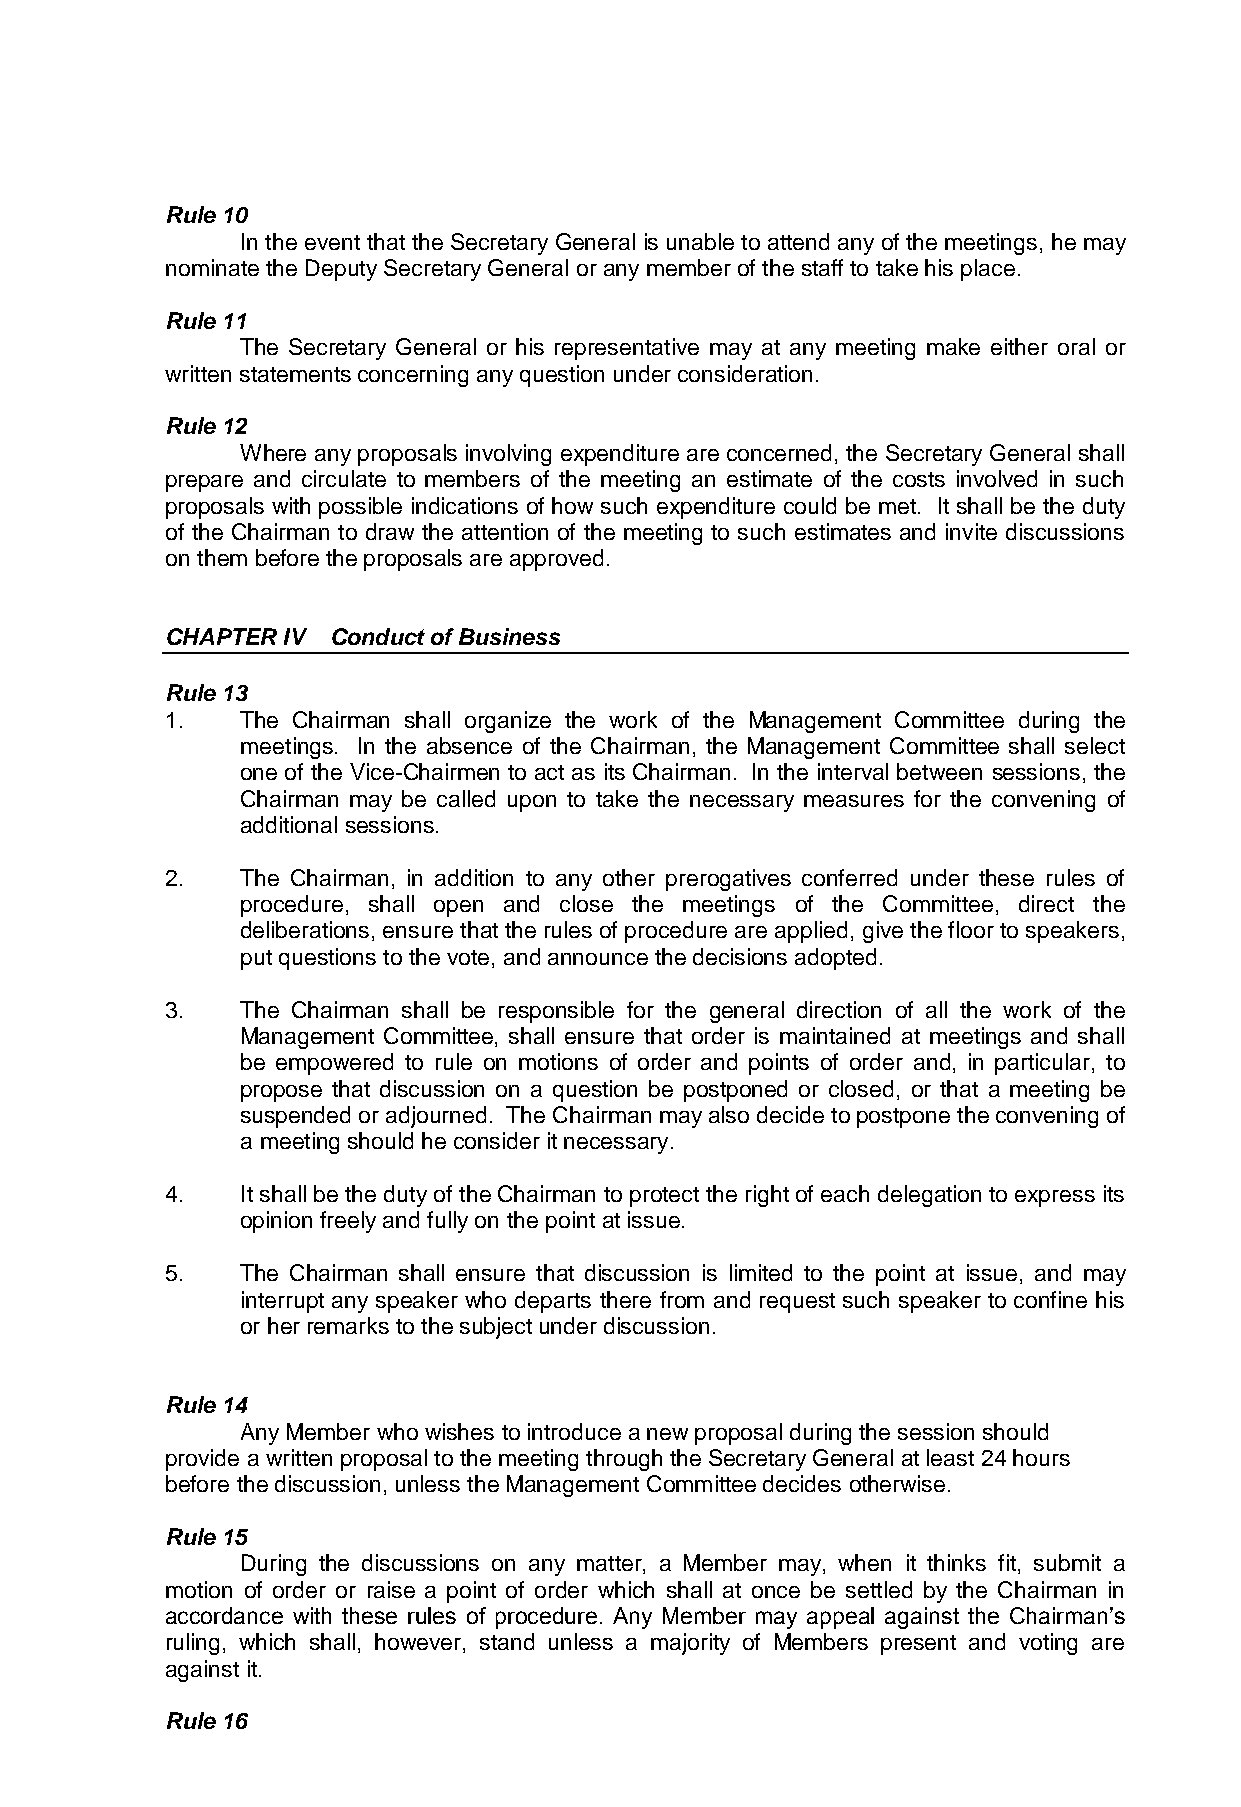
Rule 10
 In the event that the Secretary General is unable to attend any of the meetings, he may
 nominate the Deputy Secretary General or any member of the staff to take his place.
 Rule 11
 The Secretary General or his representative may at any meeting make either oral or
 written statements concerning any question under consideration.
 Rule 12
 Where any proposals involving expenditure are concerned, the Secretary General shall
 prepare and circulate to members of the meeting an estimate of the costs involved in such
 proposals with possible indications of how such expenditure could be met. It shall be the duty
 of the Chairman to draw the attention of the meeting to such estimates and invite discussions
 on them before the proposals are approved.
 CHAPTER IV Conduct of Business
 Rule 13
 1.   The Chairman shall organize the work of the Management Committee during the
 meetings. In the absence of the Chairman, the Management Committee shall select
 one of the Vice-Chairmen to act as its Chairman. In the interval between sessions, the
 Chairman may be called upon to take the necessary measures for the convening of
 additional sessions.
 2.   The Chairman, in addition to any other prerogatives conferred under these rules of
 procedure, shall open and close the meetings of the Committee, direct the
 deliberations, ensure that the rules of procedure are applied, give the floor to speakers,
 put questions to the vote, and announce the decisions adopted.
 3.   The Chairman shall be responsible for the general direction of all the work of the
 Management Committee, shall ensure that order is maintained at meetings and shall
 be empowered to rule on motions of order and points of order and, in particular, to
 propose that discussion on a question be postponed or closed, or that a meeting be
 suspended or adjourned. The Chairman may also decide to postpone the convening of
 a meeting should he consider it necessary.
 4.   It shall be the duty of the Chairman to protect the right of each delegation to express its
 opinion freely and fully on the point at issue.
 5.   The Chairman shall ensure that discussion is limited to the point at issue, and may
 interrupt any speaker who departs there from and request such speaker to confine his
 or her remarks to the subject under discussion.
 Rule 14
 Any Member who wishes to introduce a new proposal during the session should
 provide a written proposal to the meeting through the Secretary General at least 24 hours
 before the discussion, unless the Management Committee decides otherwise.
 Rule 15
 During the discussions on any matter, a Member may, when it thinks fit, submit a
 motion of order or raise a point of order which shall at once be settled by the Chairman in
 accordance with these rules of procedure. Any Member may appeal against the Chairman’s
 ruling, which shall, however, stand unless a majority of Members present and voting are
 against it.
 Rule 16